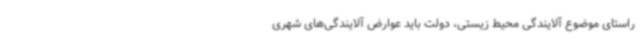
راستای موضوع آلایندگی محیط زیستی، دولت باید عوارض آلایندگی‌های شهری